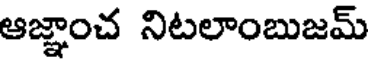
ఆజ్ఞాంచ నిటలాంబుజమ్